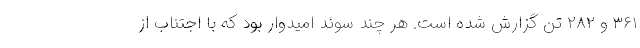
۳۶۱ و ۲۸۲ تن گزارش شده است. هر چند سوئد امیدوار بود که با اجتناب از